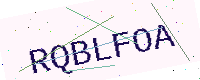
Text: RQBLFOA